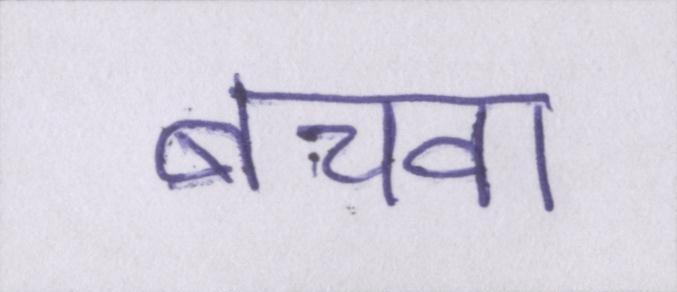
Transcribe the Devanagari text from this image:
बचवा